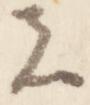
者